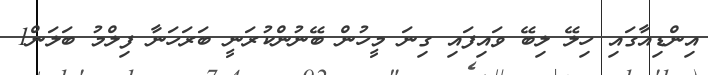
އިންޑިއާގައި ހިލޭ ލިބޭ ވައިފައި ގިނަ މީހުން ބޭނުންކުރަނީ ބަރަހަނާ ފިލްމު ބަލަން1